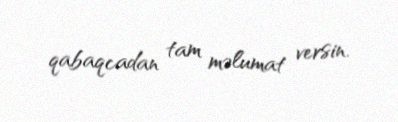
qabaqcadan tam məlumat versin.